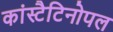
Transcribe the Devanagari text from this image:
कांस्टैटिनोपल